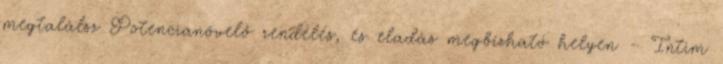
megtalálsz Potencianövelő rendelés, és eladás megbízható helyen – Intim